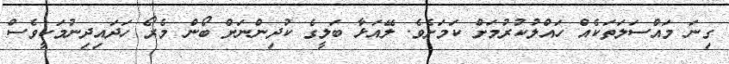
ގިނަ މައްސަލަތަކެއް ހައްލުކުރުމަށް ކަމަށެވެ. ލޭއަޅާ ބަލީގެ ކުދިންނަށް ބޯން މެރޯ ހަދައިދިނުމަކީވެސް